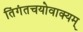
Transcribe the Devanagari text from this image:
तिंगंतचयोवाक्यम्